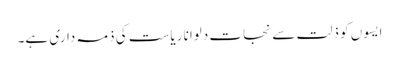
ایسوں کو ذلت سے نجات دلوانا ریاست کی ذمہ داری ہے۔